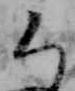
ち